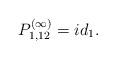
LaTeX: \begin{align*}P_{1,12}^{(\infty)} = i d_{1}.\end{align*}